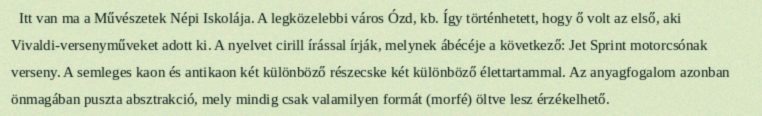
Itt van ma a Művészetek Népi Iskolája. A legközelebbi város Ózd, kb. Így történhetett, hogy ő volt az első, aki Vivaldi-versenyműveket adott ki. A nyelvet cirill írással írják, melynek ábécéje a következő: Jet Sprint motorcsónak verseny. A semleges kaon és antikaon két különböző részecske két különböző élettartammal. Az anyagfogalom azonban önmagában puszta absztrakció, mely mindig csak valamilyen formát (morfé) öltve lesz érzékelhető.